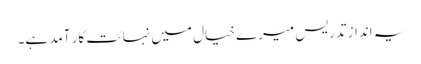
یہ انداز تدریس میرے خیال میں نہائت کار آمد ہے۔